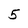
Character: 5